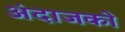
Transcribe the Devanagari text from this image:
अंदाजको